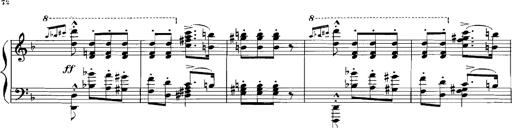
Title: Rhapsodies hongroises
Composer: Franz Liszt